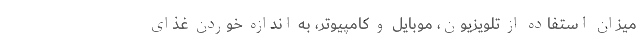
میزان استفاده از تلویزیون، موبایل و کامپیوتر، به اندازه خوردن غذای